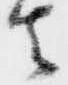
者